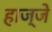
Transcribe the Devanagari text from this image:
हाज्जे